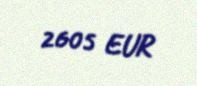
2605 EUR